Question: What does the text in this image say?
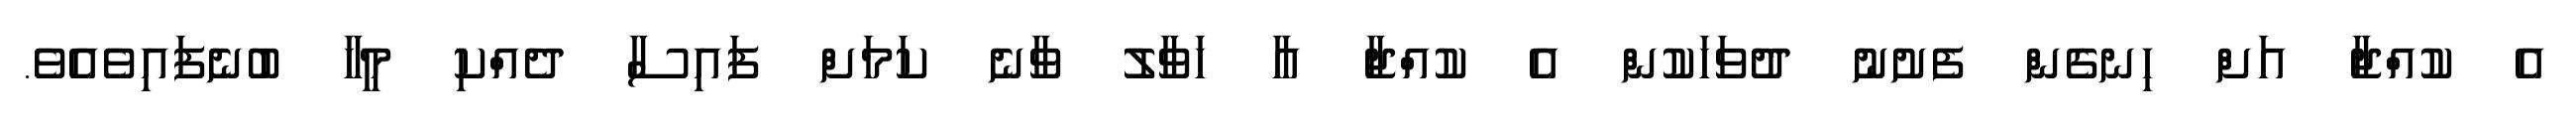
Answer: އެ ކުއްޖާ އަށް ހިނގެން ފެށުނު ދުވަހަކުން އެ ކުއްޖާ އާ ހަވާލު ވާނެ ކަމަށް ފައިސާ ދެއްކި މީހާ ބުނެފައިވެއެވެ.